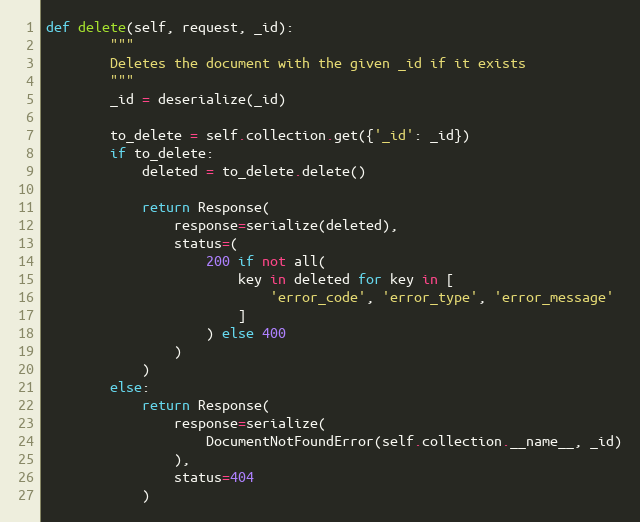
Language: Python
def delete(self, request, _id):
        """
        Deletes the document with the given _id if it exists
        """
        _id = deserialize(_id)

        to_delete = self.collection.get({'_id': _id})
        if to_delete:
            deleted = to_delete.delete()

            return Response(
                response=serialize(deleted),
                status=(
                    200 if not all(
                        key in deleted for key in [
                            'error_code', 'error_type', 'error_message'
                        ]
                    ) else 400
                )
            )
        else:
            return Response(
                response=serialize(
                    DocumentNotFoundError(self.collection.__name__, _id)
                ),
                status=404
            )